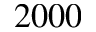
2 0 0 0